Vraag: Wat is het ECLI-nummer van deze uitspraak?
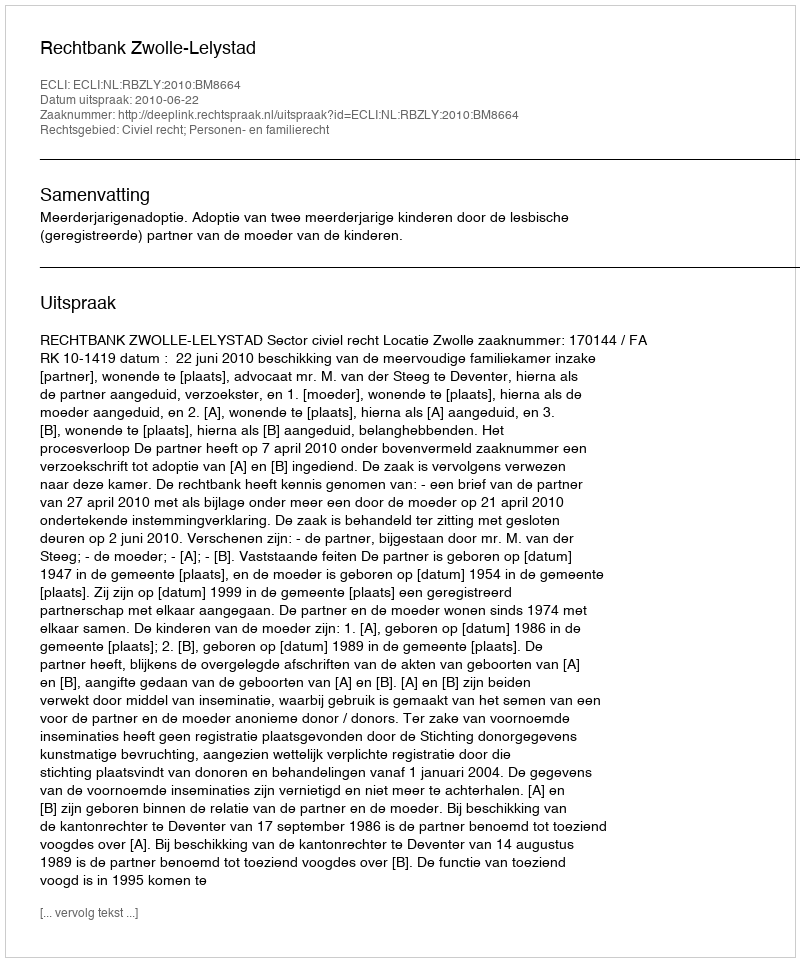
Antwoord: ECLI:NL:RBZLY:2010:BM8664